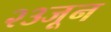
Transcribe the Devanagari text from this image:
२३जून